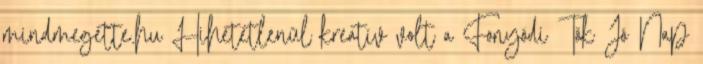
mindmegette.hu Hihetetlenül kreatív volt a Fonyódi Tök Jó Nap